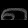
Digit: ၈